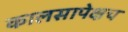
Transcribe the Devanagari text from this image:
कालसापेक्षच